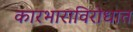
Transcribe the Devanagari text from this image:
कारभाराविरोधात